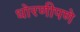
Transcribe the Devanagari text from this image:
धोरणीपणे